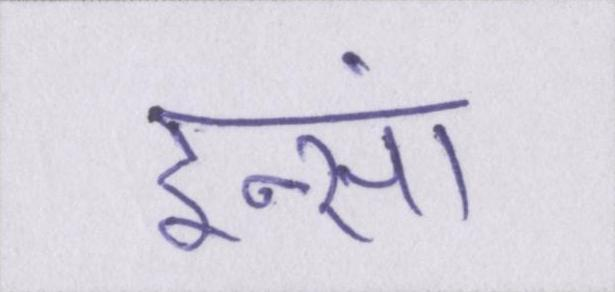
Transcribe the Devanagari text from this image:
इन्सां